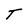
Character: T